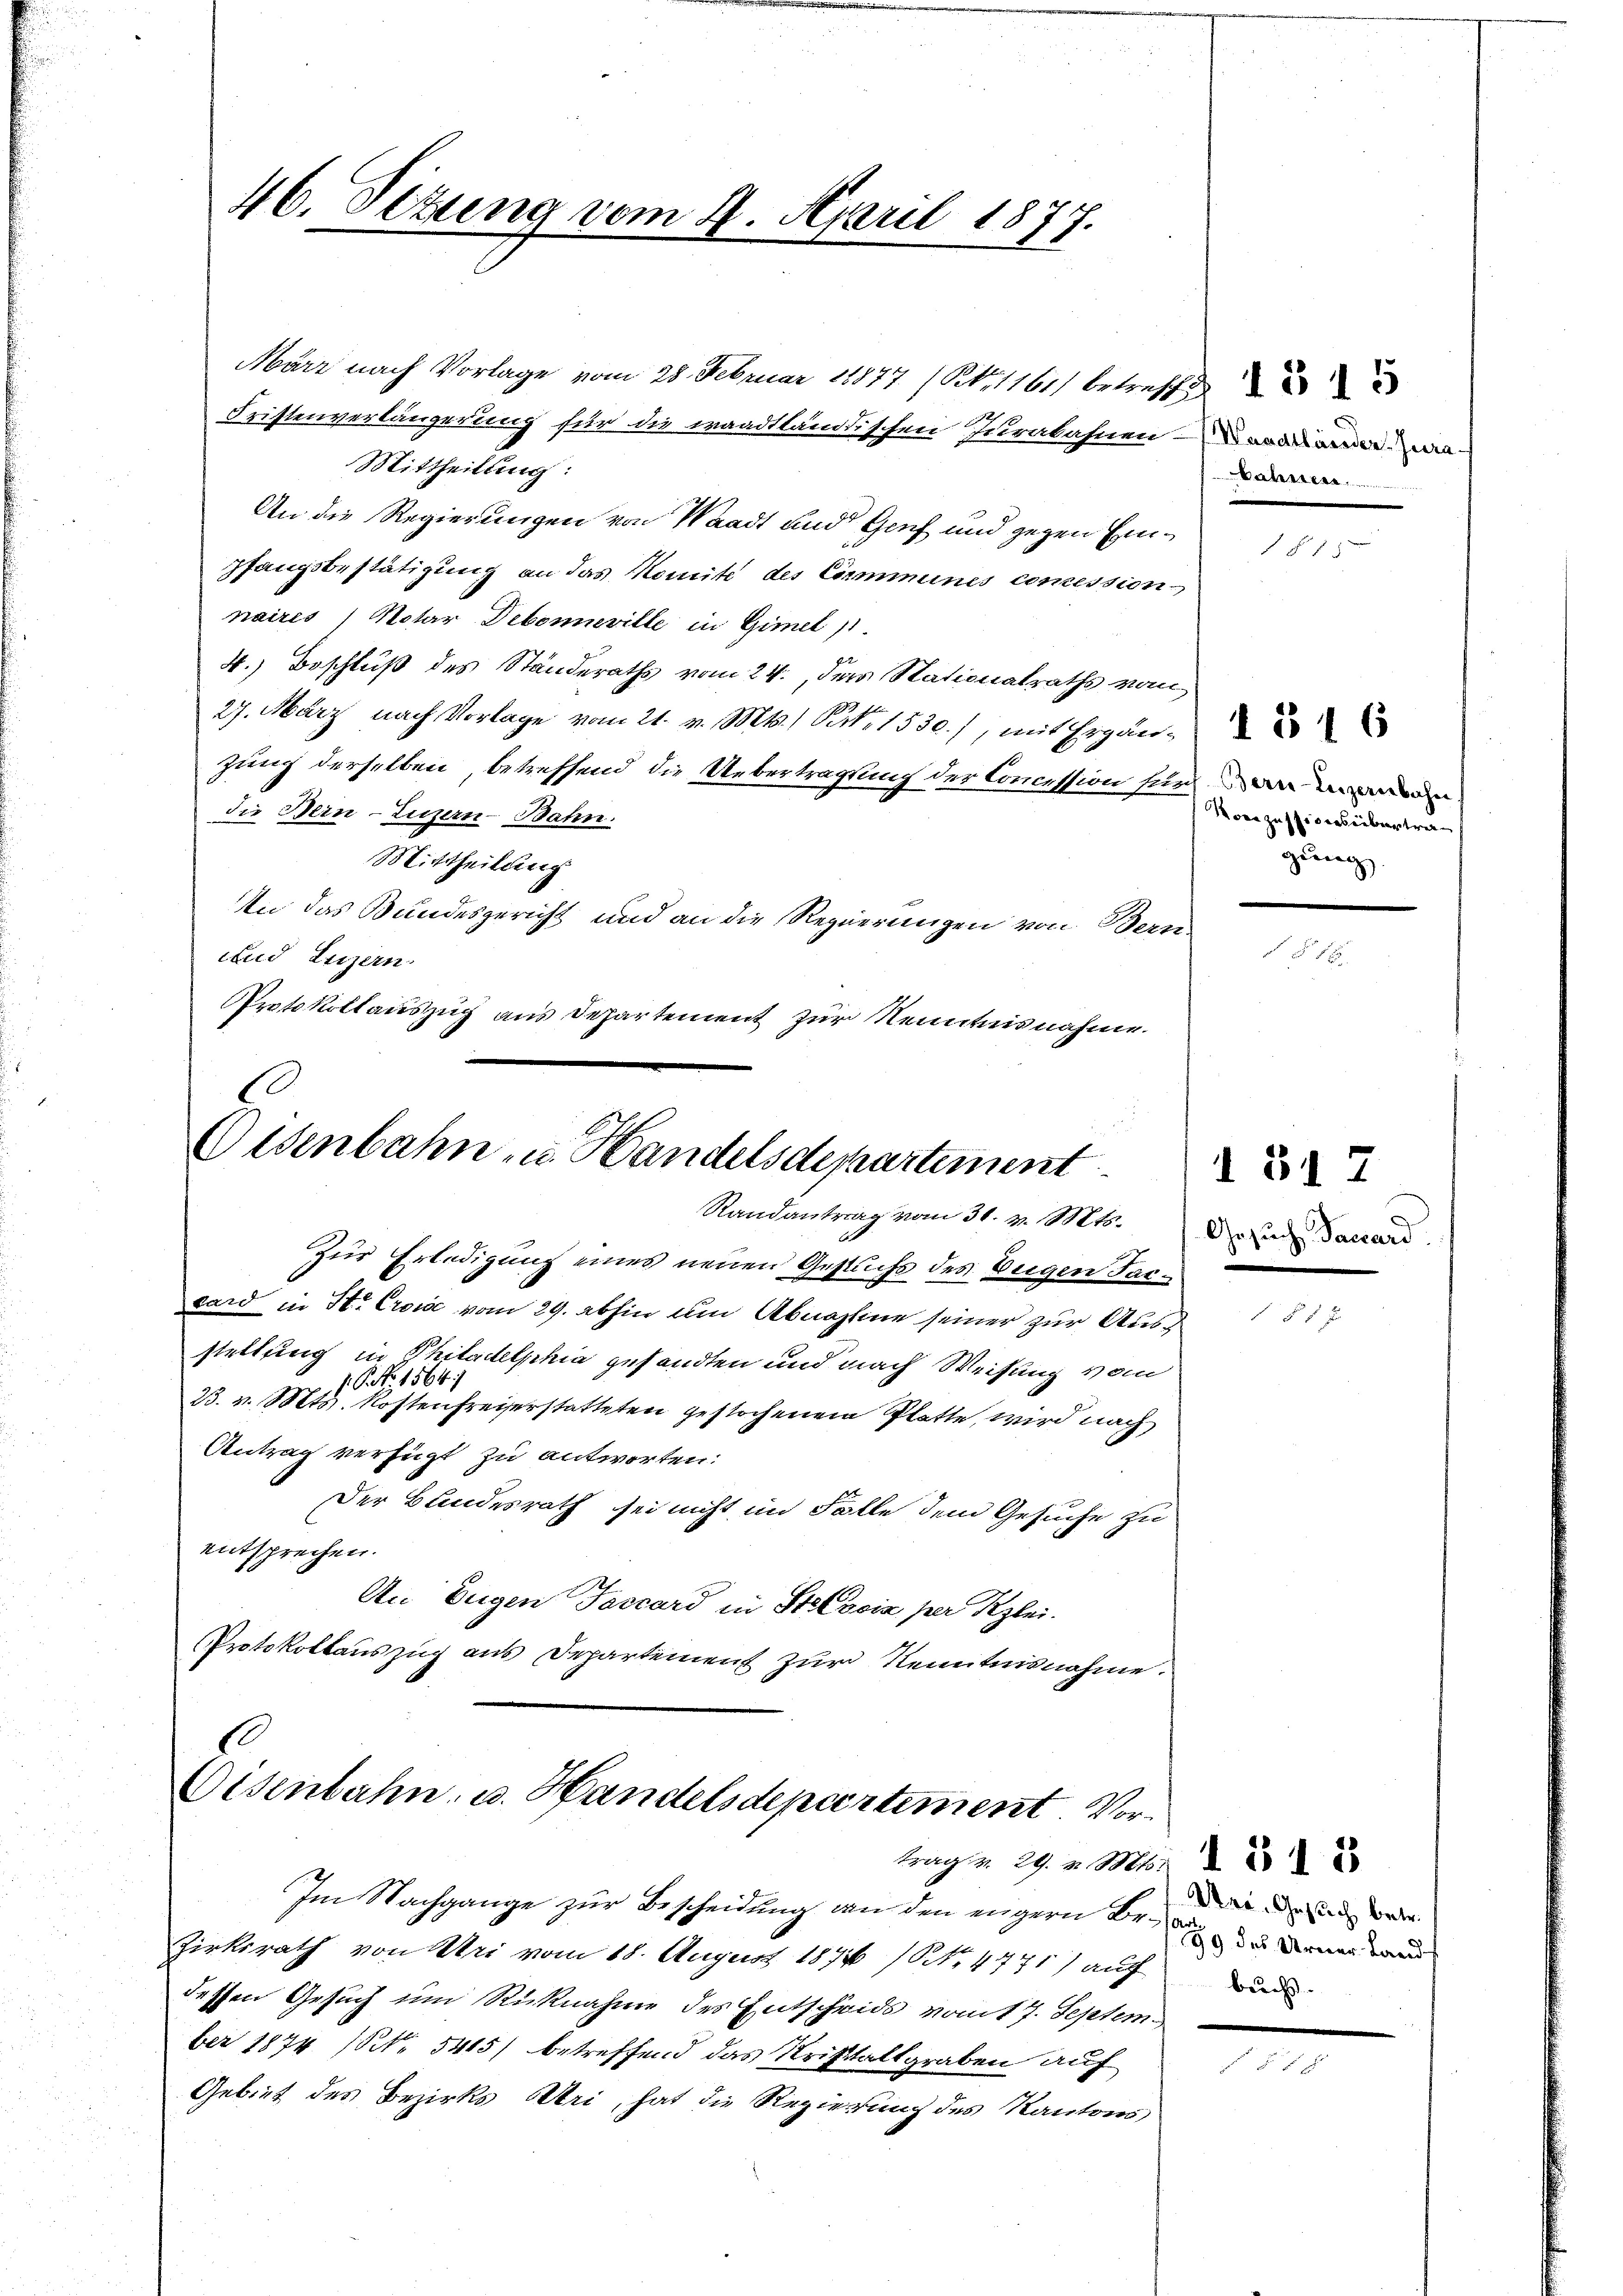
46. Sitzung vom 21. April 1877.

März nach Vorlage vom 28. Februar 18877 (S. 1161) betreffe
Fristenverlängerung für die waadtländischen Jurabahnen – und wa
Mittheilung:
An die Regierungen von Waadt und Genf und gegen Einpfangsbestätigung an das Komite des Communes comession
naires Notar Debonneville in Gimet
4.) Beschluß des Ständeraths vom 24., der Stationalraths vom
27. März nach Vorlage vom 21. v. Mts., Part. 1530), mit Ergänzung derselben, betreffend die Uebertragung der Concession für einen
die Bern Luzern-Bahn.
Mittheilung
In das Bundesgericht und an die Regierungen von Bern.
und Luzern.
Protokollauszug aus Departement zur Kenntnisnahme.

2
Eisenbahn- u. Handelsdepartement
Randantrag vom 30. v. Mts.

Zur Erledigung eines neuen Gesuchs des Weigen Faccard in St. Croi vom 29. abhin um Abnahme seiner zur Ausstellung in Philadelphia gesandten und nach Weisung vom
C. No. 1564)
3. v. Mts. Kostenfreiserstatteten gestochenen Platte, wird nach
Antrag verfügt zu antworten:
Der Bundesrath sei nicht im Falle dem Gesuche zu
entsprechen.
An Eugen Tascard in Stelois per Klei¬
Protokollauszug aus Departement zur Kenntnisnahme.

e
Eisenbahn, u. Handelsdepartement. Vor¬
Franz 29. v. M.

Im Nachgange zur Bescheidung von den eingern Be- und weder
Zirksrath von Uri vom 18. August 1878 / NNo. 4771) auf
dessen Gesuch im Rücknahme des Entscheids vom 17. Septem-
ber 1874 (Art. 5415) betreffend das Kristaltgraben auf
Gebiet des Bezirks Uri, hat die Regierung des Kantons

A

o

ore zustiges übertra
gung

I 317
Gesuch Savard

316

des Urner Lands
buchs